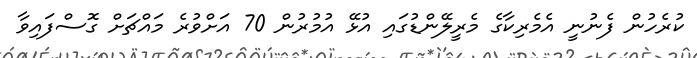
ކުރެހުން ފެނުނީ އެމެރިކާގެ މެރީލޭންޑުގައި އުޅޭ އުމުރުން 70 އަށްވުރެ މައްޗަށް ގޮސްފައިވާ